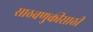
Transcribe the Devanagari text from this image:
साठवणुकीसाठी